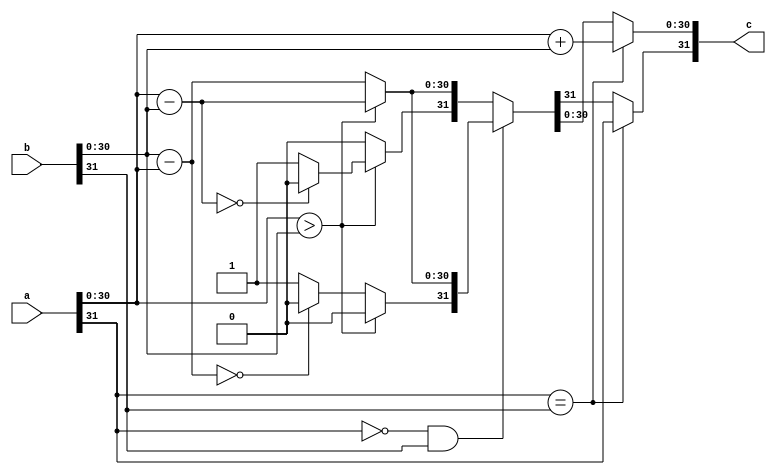
`timescale 1ns / 1ps

module qadd #(parameter Q = 16, parameter N = 32)(
	input [N-1:0] a,
	input [N-1:0] b,
	output [N-1:0] c
);

reg [N-1:0] res;

assign c = res;

always @(a,b) 
begin
	// Both negative or both positive.
	if(a[N-1] == b[N-1])
	begin
		// Since they have the same sign, absolute magnitude increases.
		// So we just add the two numbers
		res[N-2:0] = a[N-2:0] + b[N-2:0];
		// and set the sign appropriately.
		res[N-1] = a[N-1];
		// Doesn't matter which one we use, they both have the same sign.
	end
	// One of them is negative.
	else if(a[N-1] == 0 && b[N-1] == 1)
	begin
		// Subtract a-b
		if(a[N-2:0] > b[N-2:0])
		begin
			// If a is greater than b,
			// then just subtract b from a
			res[N-2:0] = a[N-2:0] - b[N-2:0];
			// and manually set the sign to positive
			res[N-1] = 0;
			end
		// If a is less than b
		else
		begin
			// We'll actually subtract a from b to avoid a 2's complement answer
			res[N-2:0] = b[N-2:0] - a[N-2:0];
			if (res[N-2:0] == 0)
				// Avoid negative zero.
				res[N-1] = 0;
			else
				// And manually set the sign to negative.
				res[N-1] = 1;
			end
		end
	// Subtract b-a (a negative, b positive)
	else
	begin
		// If a is greater than b,
		if(a[N-2:0] > b[N-2:0])
		begin
			// We'll actually subtract b from a to avoid a 2's complement answer.
			res[N-2:0] = a[N-2:0] - b[N-2:0];
			if (res[N-2:0] == 0)
				// Avoid negative zero.
				res[N-1] = 0;
			else
				// And manually set the sign to negative.
				res[N-1] = 1;
			end
		// If a is less than b
		else
		begin
			// then just subtract a from b
			res[N-2:0] = b[N-2:0] - a[N-2:0];
			// and manually set the sign to positive.
			res[N-1] = 0;
			end
		end
	end
endmodule